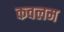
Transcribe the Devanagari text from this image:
कवलम